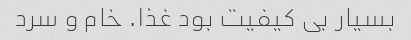
بسیار بى کیفیت بود غذا. خام و سرد